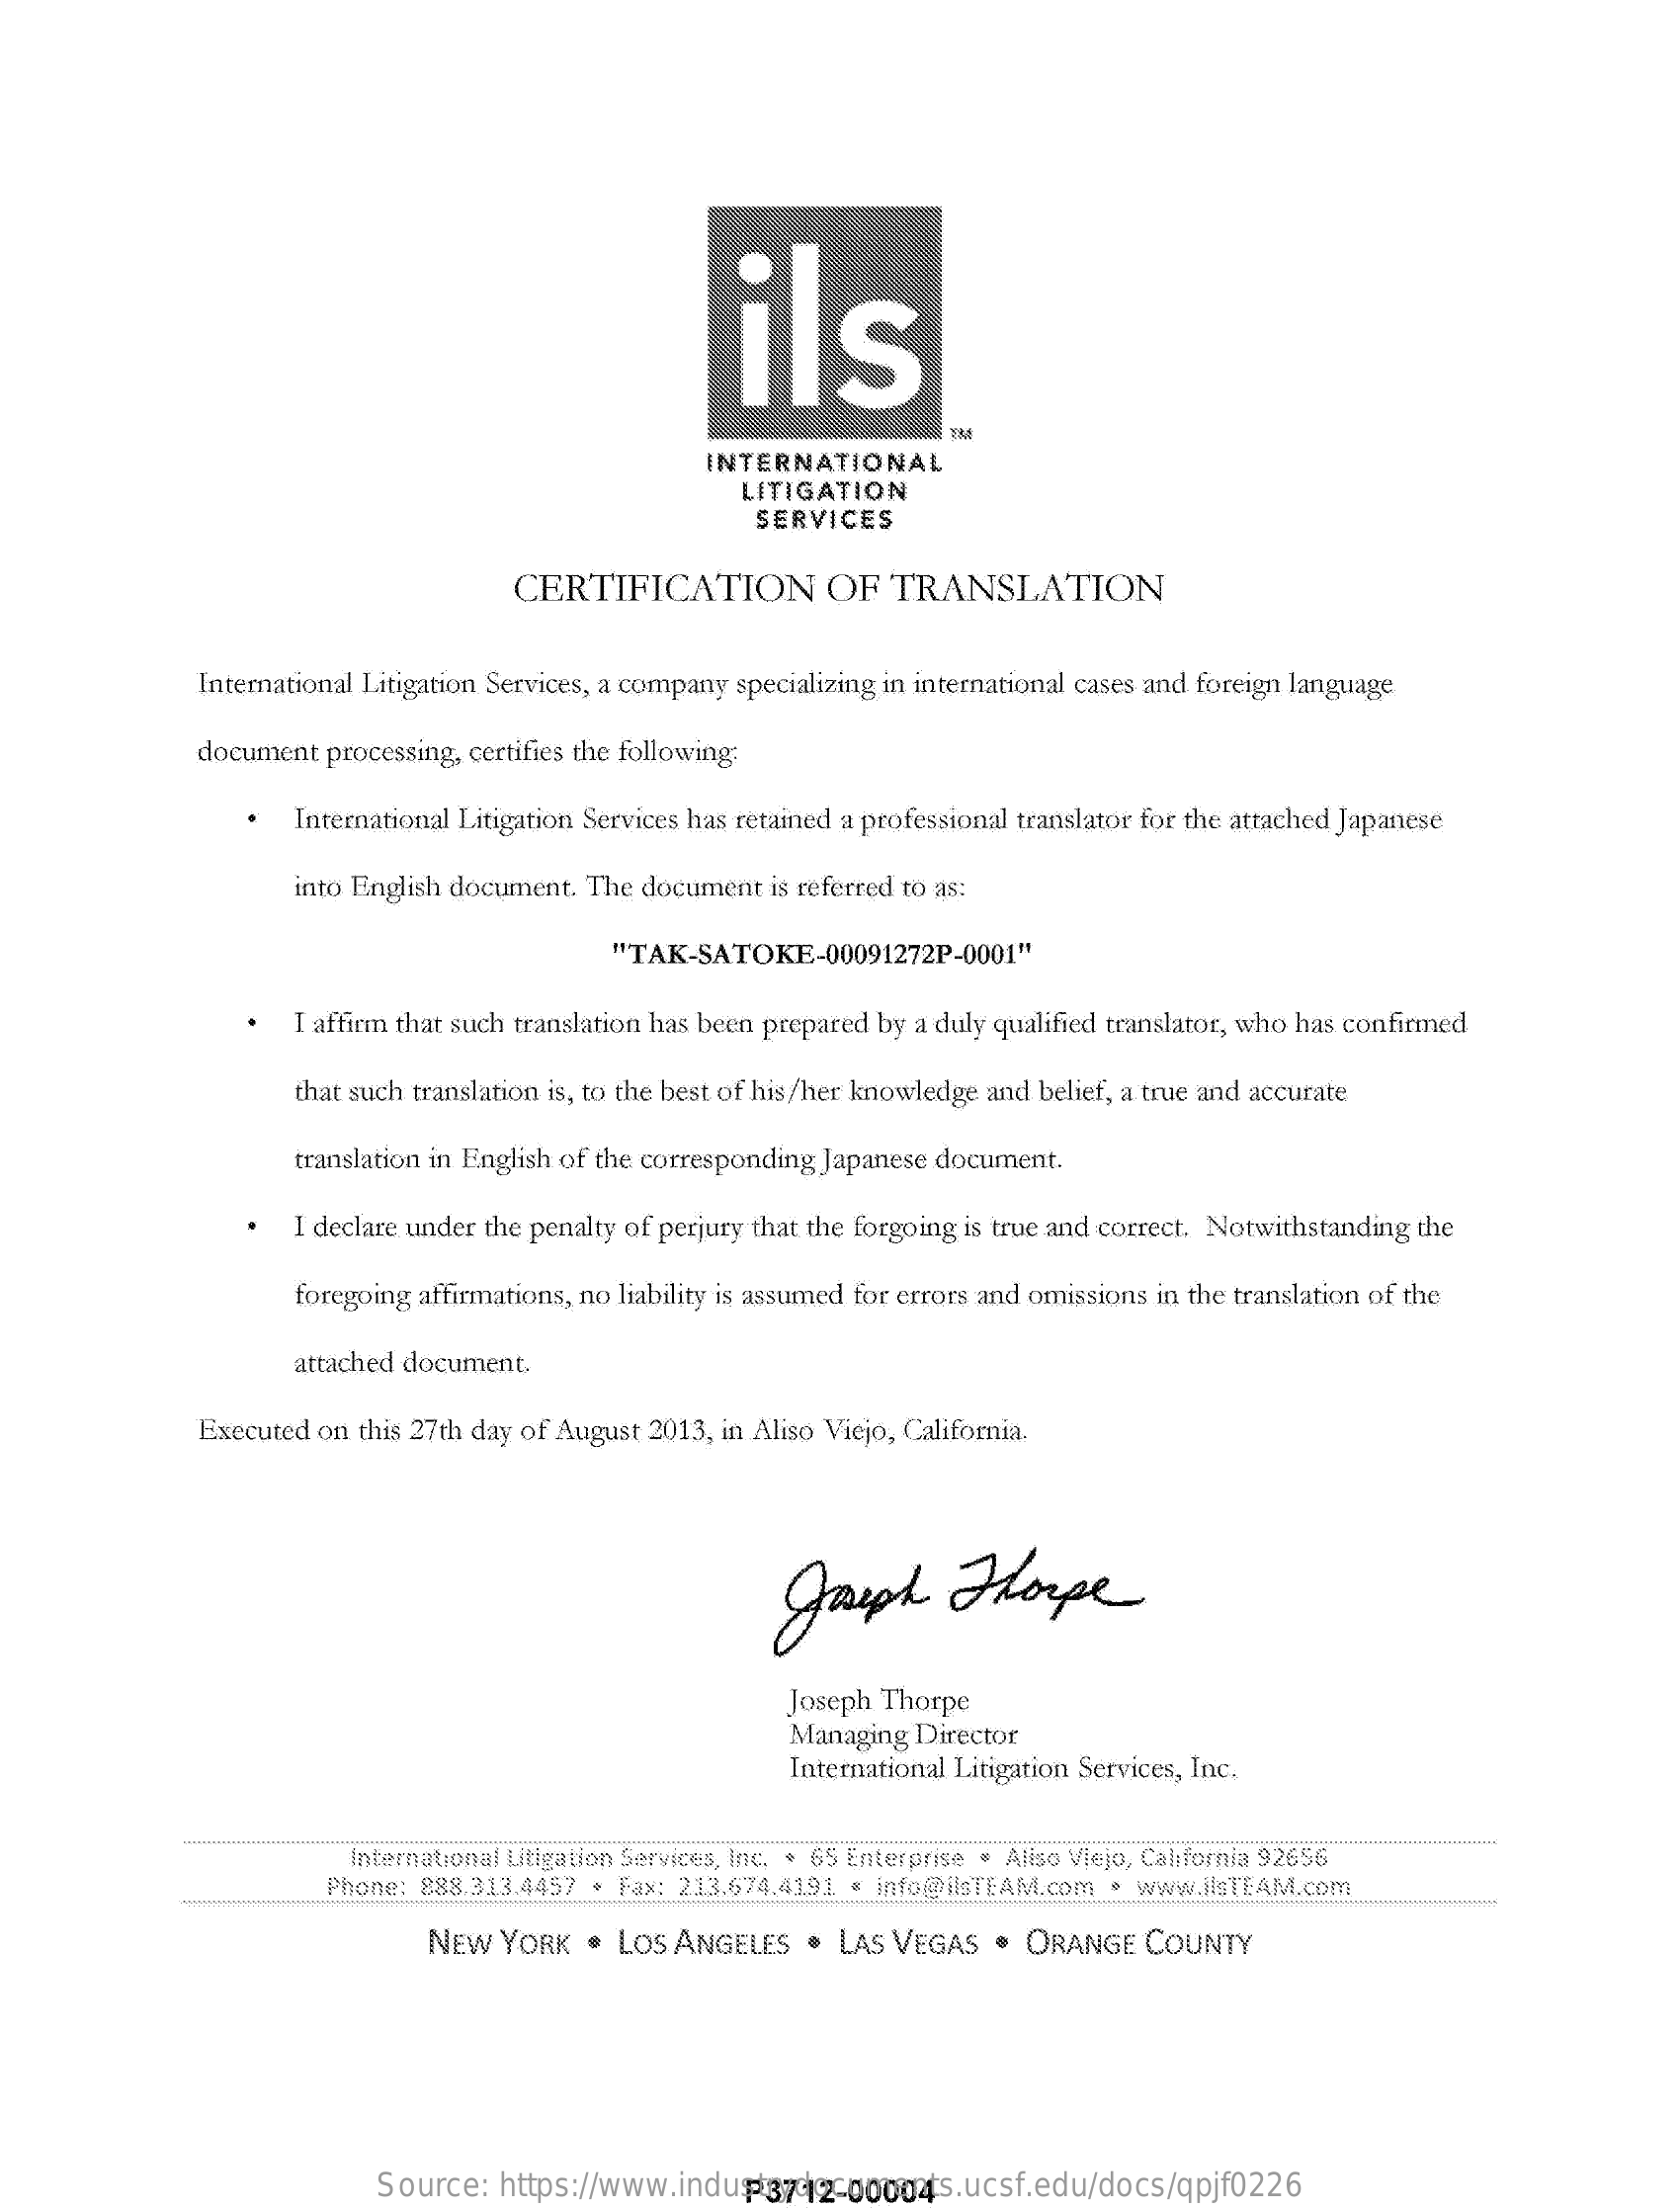
ils
     INTERNATIONAL
     LITIGATION
     SERVICES
     CERTIFICATION    OF   TRANSLATION
     International Litigation Services, a company specializing in international cases and foreign language
     document processing, certifies the following:
     International Litigation Services has retained a professional translator for the attached Japanese
     into English document. The document is referred to as:
     "TAK-SATOKE-00091272P-0001"
     I affirm that such translation has been prepared by a duly qualified translator, who has confirmed
     that such translation is, to the best of his/her knowledge and belief, a true and accurate
     translation in English of the corresponding Japanese document.
     I declare under the penalty of perjury that the forgoing is true and correct. Notwithstanding the
     foregoing affirmations, no liability is assumed for errors and omissions in the translation of the
     attached document.
     Executed on this 27th day of August 2013, in Aliso Viejo, California-
     Joseph    Hope
     Joseph Thorpe
     Managing Director
     International Litigation Services, Inc.
     International Litigation Services, Inc. . 65 Enterprise = Aliso Viejo, California 92656
     Phone: 888.313.4457 + Fax: 213.674.4191 « info@HsTEAM.com > www.HisTEAM.com
     NEW  YORK   . LOS ANGELES   .  LAS VEGAS  .  ORANGE   COUNTY
     Source:  https://www.industrydocuments.ucsf.edu/docs/qpjf0226 P3712-00004